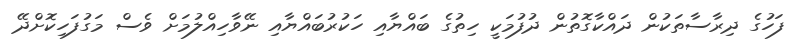
ފަހުގެ ދިރާސާތަކުން ދައްކާގޮތުން ދުފުމަކީ ހިތުގެ ބައްޔާއި ހަކުރުބައްޔާއި ނޭވާހިއްލުމަށް ވެސް މަގުފަހިކޮށްދޭ